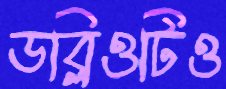
ডব্লিওটিও